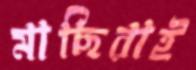
মাছিরাই